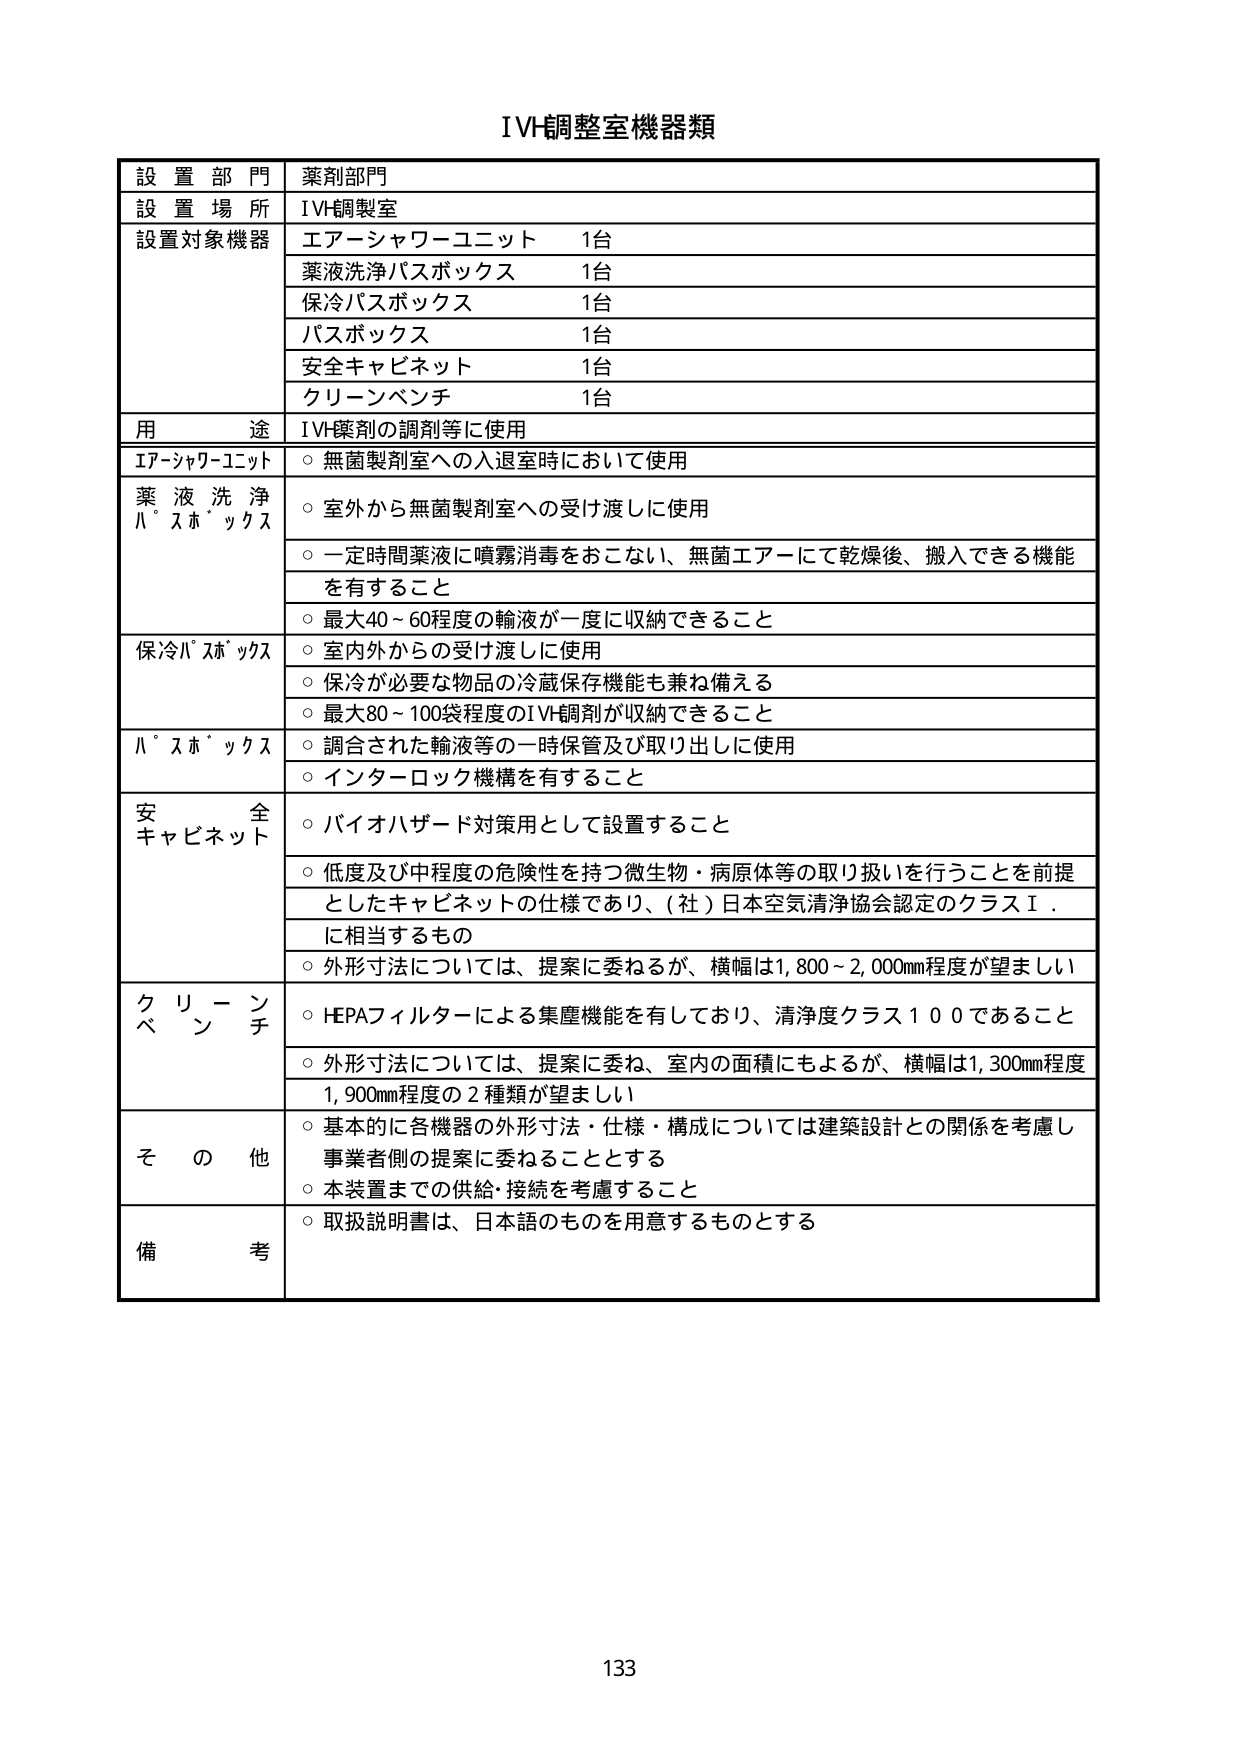
IVH調整室機器類

設置部門 薬剤部門
設置場所 IVH調製室
設置対象機器 エアーシャワーユニット 1台
薬液洗浄バスボックス 1台
保冷バスボックス 1台
バスボックス 1台
安全キャビネット 1台
クリーンベンチ 1台
用途 IVH薬剤の調剤等に使用
エアーシャワーユニット ○ 無菌製剤室への入退室時において使用
薬液洗浄バスボックス ○ 室外から無菌製剤室への受け渡しに使用
○ 一定時間薬液に噴霧消毒をおこない、無菌エアーにて乾燥後、搬入できる機能を有すること
○ 最大40～60程度の輸液が一度に収納できること
保冷バスボックス ○ 室内外からの受け渡しに使用
○ 保冷が必要な物品の冷蔵保存機能も兼ね備える
○ 最大80～100袋程度のIVH調剤が収納できること
バスボックス ○ 調合された輸液等の一時保管及び取り出しに使用
○ インターロック機構を有すること
安全キャビネット ○ バイオハザード対策用として設置すること
○ 低度及び中程度の危険性を持つ微生物・病原体等の取り扱いを行うことを前提としたキャビネットの仕様であり、（社）日本空気清浄協会認定のクラスⅠに相当するもの
○ 外形寸法については、提案に委ねるが、横幅は1,800～2,000mm程度が望ましい
クリーンベンチ ○ HEPAフィルターによる集塵機能を有しており、清浄度クラス100であること
○ 外形寸法については、提案に委ね、室内の面積にもよるが、横幅は1,300mm程度1,900mm程度の2種類が望ましい
その他 ○ 基本的に各機器の外形寸法・仕様・構成については建築設計との関係を考慮し事業者側の提案に委ねることとする
○ 本装置までの供給・接続を考慮すること
備考 ○ 取扱説明書は、日本語のものを用意するものとする

133